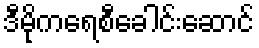
ဒီမိုကရေစီခေါင်းဆောင်